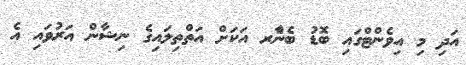
އަދި މި އިވެންޓްގައި ބޮޑު ބެނާެރ އަކަށް އަތްތިލައިގެ ނިޝާން އަރުވައި އެ